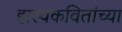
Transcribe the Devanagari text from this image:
हास्यकवितांच्या